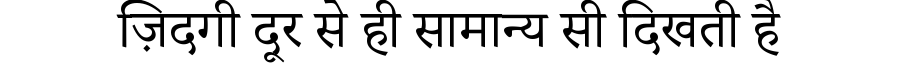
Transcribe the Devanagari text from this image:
ज़िदगी दूर से ही सामान्य सी दिखती है